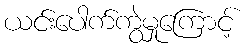
ယင်းပေါက်ကွဲမှုကြောင့်